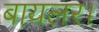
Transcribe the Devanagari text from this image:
बायलर।